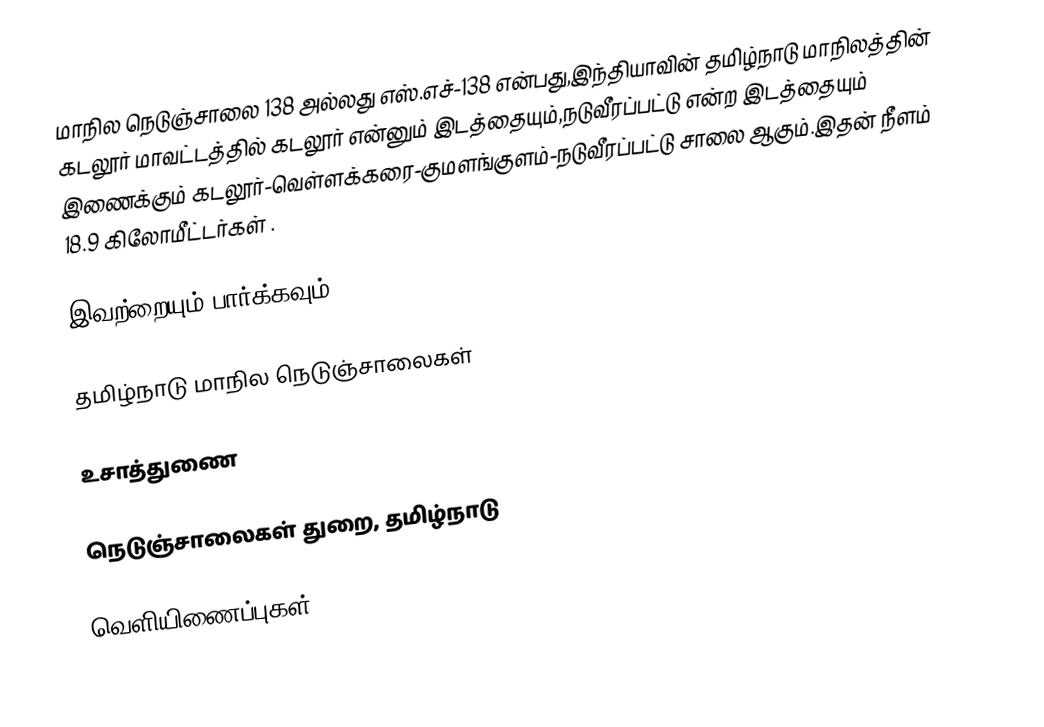
மாநில நெடுஞ்சாலை 138 அல்லது எஸ்.எச்-138  என்பது,இந்தியாவின் தமிழ்நாடு மாநிலத்தின்  கடலூர் மாவட்டத்தில்  கடலூர்  என்னும் இடத்தையும்,நடுவீரப்பட்டு  என்ற இடத்தையும் இணைக்கும் கடலூர்-வெள்ளக்கரை-குமளங்குளம்-நடுவீரப்பட்டு சாலை ஆகும்.இதன் நீளம் 18.9  கிலோமீட்டர்கள் .

இவற்றையும் பார்க்கவும்

 தமிழ்நாடு மாநில நெடுஞ்சாலைகள்

உசாத்துணை

 நெடுஞ்சாலைகள் துறை, தமிழ்நாடு

வெளியிணைப்புகள்